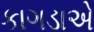
કાગડાએ